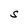
Character: S